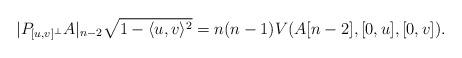
LaTeX: \begin{align*}|P_{[u,v]^\bot}A|_{n-2}\sqrt{1-\langle u, v\rangle^2}=n(n-1)V(A[n-2],[0,u], [0,v]).\end{align*}